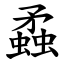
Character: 蟊